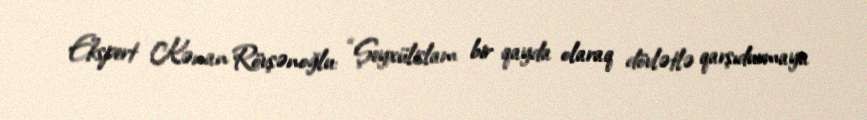
Ekspert Kənan Rövşənoğlu: “Şeyxülislam bir qayda olaraq dövlətlə qarşıdurmaya